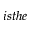
i s t h e